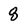
Character: 8